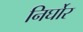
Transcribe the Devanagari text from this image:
निर्घोर